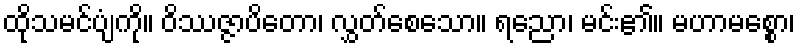
ထိုသမင်ပျံကို။ ဝိဿဇ္ဇာပိတော၊ လွှတ်စေသော။ ရညော၊ မင်း၏။ မဟာမစ္စော၊